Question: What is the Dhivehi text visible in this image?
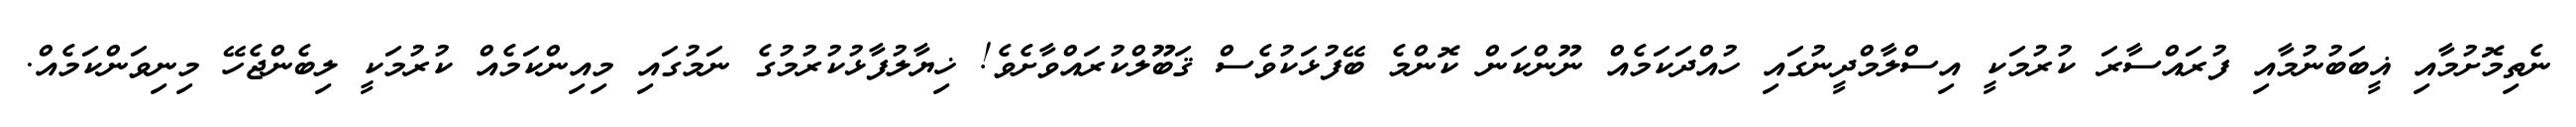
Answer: ނެތިމޮށުމާއި ޣީބަބުނުމާއި ފުރައްސާރަ ކުރުމަކީ އިސްލާމްދީނުގައި ހުއްދަކަމެއް ނޫންކަން ކޮންމެ ބޭފުޅަކުވެސް ޤަބޫލްކުރައްވާށެވެ! ޚިޔާލުފާޅުކުރުމުގެ ނަމުގައި މިއިންކަމެއް ކުރުމަކީ ލިބެންޖެހޭ މިނިވަންކަމެއް.